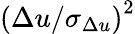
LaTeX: {(\Delta u/\sigma_{\Delta u})}^{2}